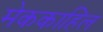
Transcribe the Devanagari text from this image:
मेककाहिल